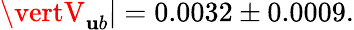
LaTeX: \vertV_{\mathbf{u}b}\vert=0.0032\pm0.0009.